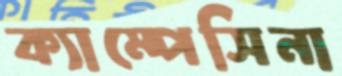
ক্যাম্পেসিনা